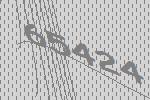
65424